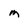
Character: M